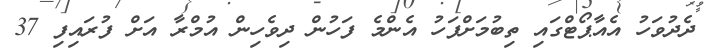
ދެދުވަހު އެއާޕޯޓްގައި ތިބުމަށްފަހު އެންމެ ފަހުން ދިވެހިން އުމްރާ އަށް ފުރައިފި 37